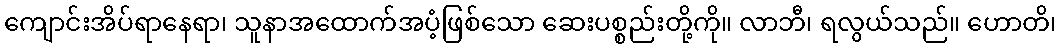
ကျောင်းအိပ်ရာနေရာ၊ သူနာအထောက်အပံ့ဖြစ်သော ဆေးပစ္စည်းတို့ကို။ လာဘီ၊ ရလွယ်သည်။ ဟောတိ၊